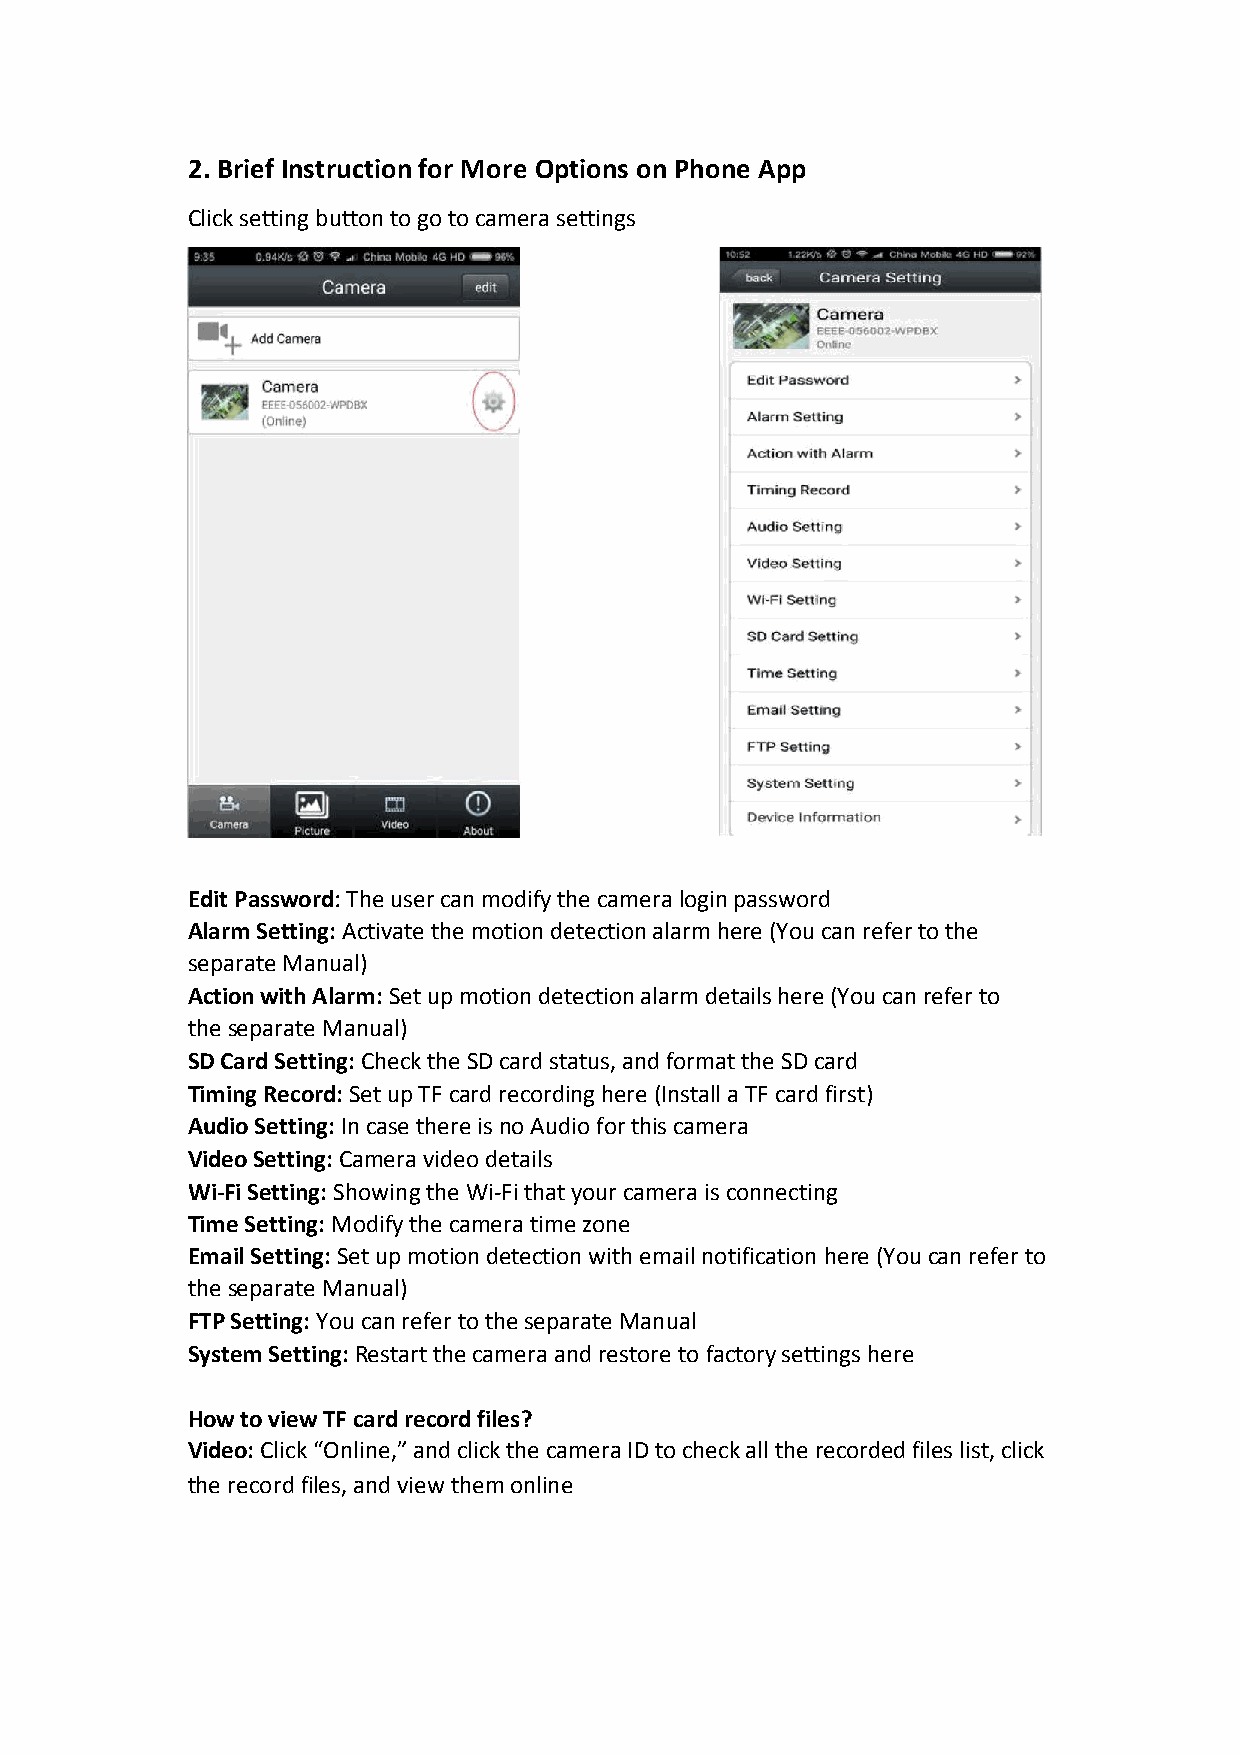
2. Brief Instruction for More Options on Phone App
 Click setting button to go to camera settings
 Edit Password: The user can modify the camera login password
 Alarm Setting: Activate the motion detection alarm here (You can refer to the
 separate Manual)
 Action with Alarm: Set up motion detection alarm details here (You can refer to
 the separate Manual)
 SD Card Setting: Check the SD card status, and format the SD card
 Timing Record: Set up TF card recording here (Install a TF card first)
 Audio Setting: In case there is no Audio for this camera
 Video Setting: Camera video details
 Wi-Fi Setting: Showing the Wi-Fi that your camera is connecting
 Time Setting: Modify the camera time zone
 Email Setting: Set up motion detection with email notification here (You can refer to
 the separate Manual)
 FTP Setting: You can refer to the separate Manual
 System Setting: Restart the camera and restore to factory settings here
 How to view TF card record files?
 Video: Click “Online,” and click the camera ID to check all the recorded files list, click
 the record files, and view them online